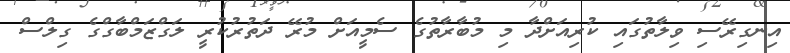
އިނގިރޭސި ވިލާތުގައި ކުރިއަށްދާ މި މުބާރާތުގެ ސެމީއަށް މުރޭ ދަތުރުކުރީ ލަގްޒަމްބާގްގެ ގިލްސް